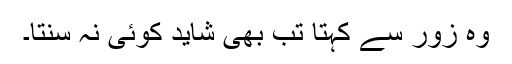
وہ زور سے کہتا تب بھی شاید کوئی نہ سنتا۔